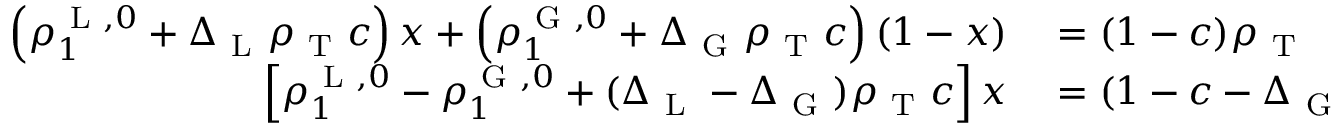
\begin{array} { r l } { \left( \rho _ { 1 } ^ { \mathrm { ~ L ~ } , 0 } + \Delta _ { \mathrm { ~ L ~ } } \rho _ { \mathrm { ~ T ~ } } c \right) x + \left( \rho _ { 1 } ^ { \mathrm { ~ G ~ } , 0 } + \Delta _ { \mathrm { ~ G ~ } } \rho _ { \mathrm { ~ T ~ } } c \right) ( 1 - x ) } & { { } = ( 1 - c ) \rho _ { \mathrm { ~ T ~ } } } \\ { \left[ \rho _ { 1 } ^ { \mathrm { ~ L ~ } , 0 } - \rho _ { 1 } ^ { \mathrm { ~ G ~ } , 0 } + ( \Delta _ { \mathrm { ~ L ~ } } - \Delta _ { \mathrm { ~ G ~ } } ) \rho _ { \mathrm { ~ T ~ } } c \right] x } & { { } = ( 1 - c - \Delta _ { \mathrm { ~ G ~ } } c ) \rho _ { \mathrm { ~ T ~ } } - \rho _ { 1 } ^ { \mathrm { ~ G ~ } , 0 } , } \end{array}